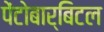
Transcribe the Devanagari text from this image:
पेंटोबार्बिटल